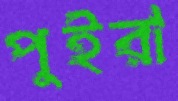
পুইরা